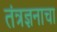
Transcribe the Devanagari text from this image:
तंत्रज्ञनाचा